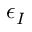
\epsilon _ { I }